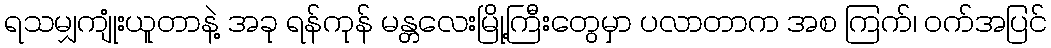
ရသမျှကျုံးယူတာနဲ့ အခု ရန်ကုန် မန္တလေးမြို့ကြီးတွေမှာ ပလာတာက အစ ကြက်၊ ဝက်အပြင်